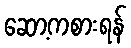
ဆော့ကစားရန်